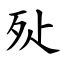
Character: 㱜